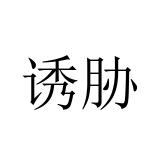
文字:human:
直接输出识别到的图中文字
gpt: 诱胁